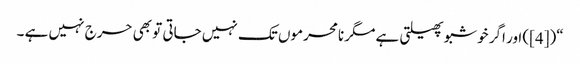
“([4]) اور اگر خوشبو پھیلتی ہے مگر نامحرموں تک نہیں جاتی تو بھی حرج نہیں ہے ۔